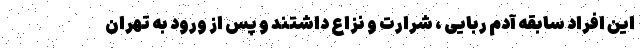
این افراد سابقه آدم ربایی ، شرارت و نزاع داشتند و پس از ورود به تهران